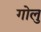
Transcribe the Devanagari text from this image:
गोलु